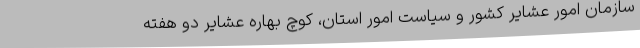
سازمان امور عشایر کشور و سیاست امور استان، کوچ بهاره عشایر دو هفته